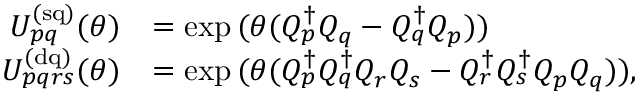
\begin{array} { r l } { U _ { p q } ^ { \mathrm { ( s q ) } } ( \theta ) } & { = \exp { ( \theta ( Q _ { p } ^ { \dagger } Q _ { q } - Q _ { q } ^ { \dagger } Q _ { p } ) ) } } \\ { U _ { p q r s } ^ { \mathrm { ( d q ) } } ( \theta ) } & { = \exp { ( \theta ( Q _ { p } ^ { \dagger } Q _ { q } ^ { \dagger } Q _ { r } Q _ { s } - Q _ { r } ^ { \dagger } Q _ { s } ^ { \dagger } Q _ { p } Q _ { q } ) ) } , } \end{array}